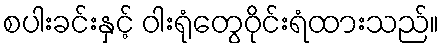
စပါးခင်းနှင့် ဝါးရုံတွေဝိုင်းရံထားသည်။